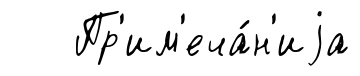
Пр'им'еча́н'иjа